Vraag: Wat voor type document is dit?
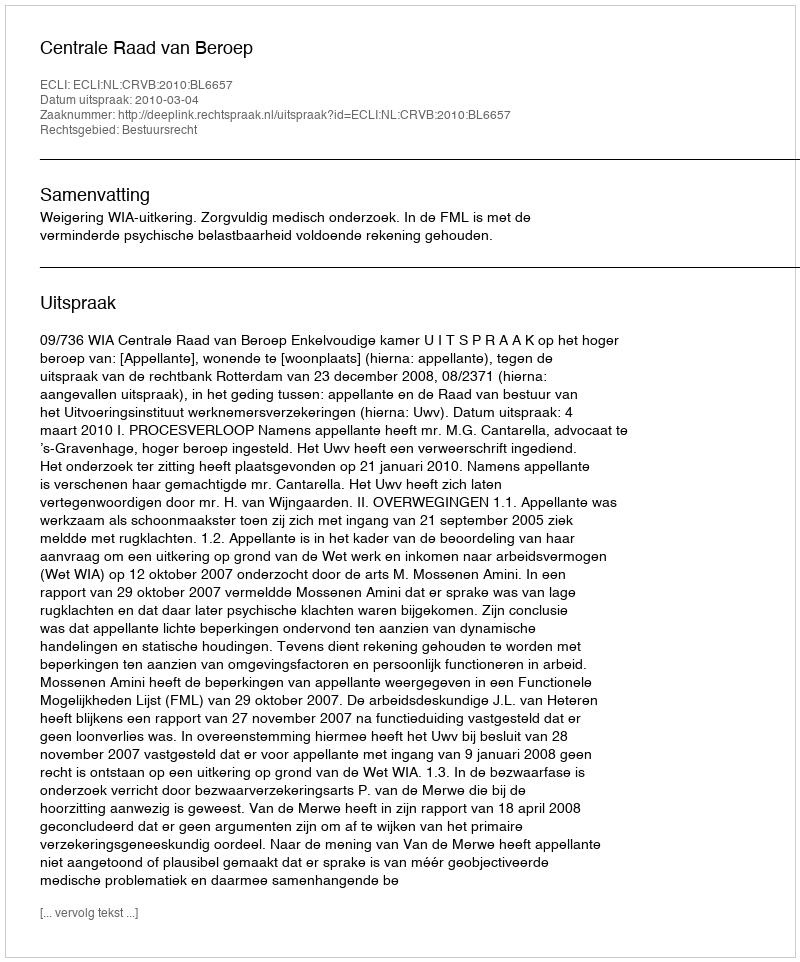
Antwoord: Uitspraak